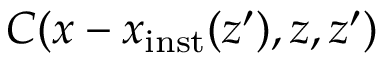
C ( x - x _ { \mathrm { i n s t } } ( z ^ { \prime } ) , z , z ^ { \prime } )